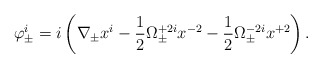
\begin{align*}\varphi^i_{\pm}=i\left(\nabla_{\pm}x^{i}-\frac12\Omega^{+2i}_{\pm}x^{-2}-\frac12\Omega^{-2i}_{\pm}x^{+2}\right).\end{align*}